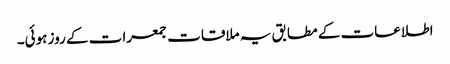
اطلاعات کے مطابق یہ ملاقات جمعرات کے روز ہوئی۔